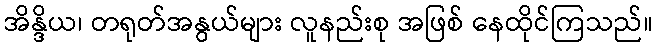
အိန္ဒိယ၊ တရုတ်အနွယ်များ လူနည်းစု အဖြစ် နေထိုင်ကြသည်။